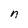
Character: n